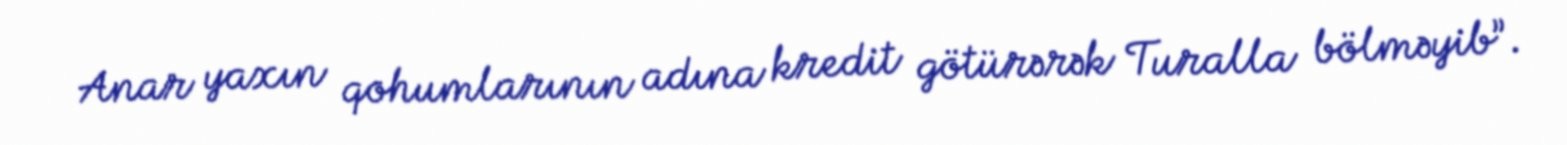
Anar yaxın qohumlarının adına kredit götürərək Turalla bölməyib”.